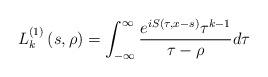
LaTeX: \begin{align*}L_{k}^{\left( 1\right) }\left( s,\rho\right) =\int_{-\infty}^{\infty}\frac{e^{iS(\tau,x-s)}\tau^{k-1}}{\tau-\rho}d\tau\end{align*}